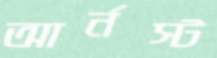
আর্নস্ট